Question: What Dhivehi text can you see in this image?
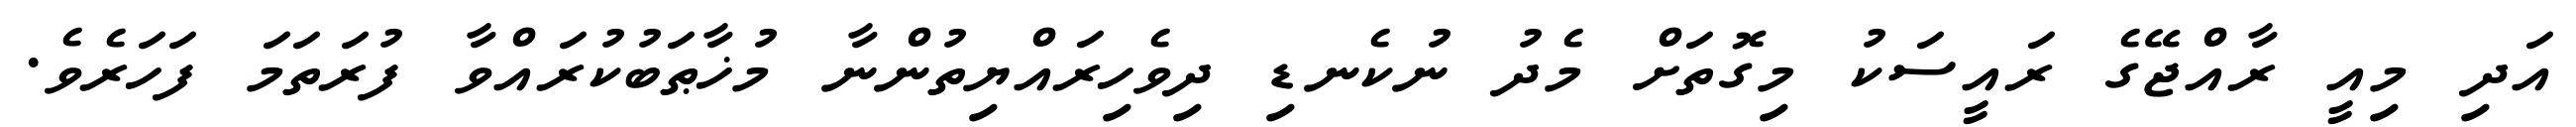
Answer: އަދި މިއީ ރާއްޖޭގެ ރައީސަކު މިގޮތަށް މެދު ނުކެނޑި ދިވެހިރައްޔިތުންނާ މުޚާޠަބުކުރައްވާ ފުރަތަމަ ފަހަރެވެ.